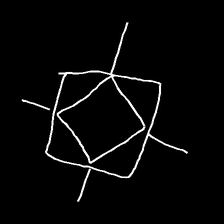
Glyph: light